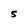
Character: 5